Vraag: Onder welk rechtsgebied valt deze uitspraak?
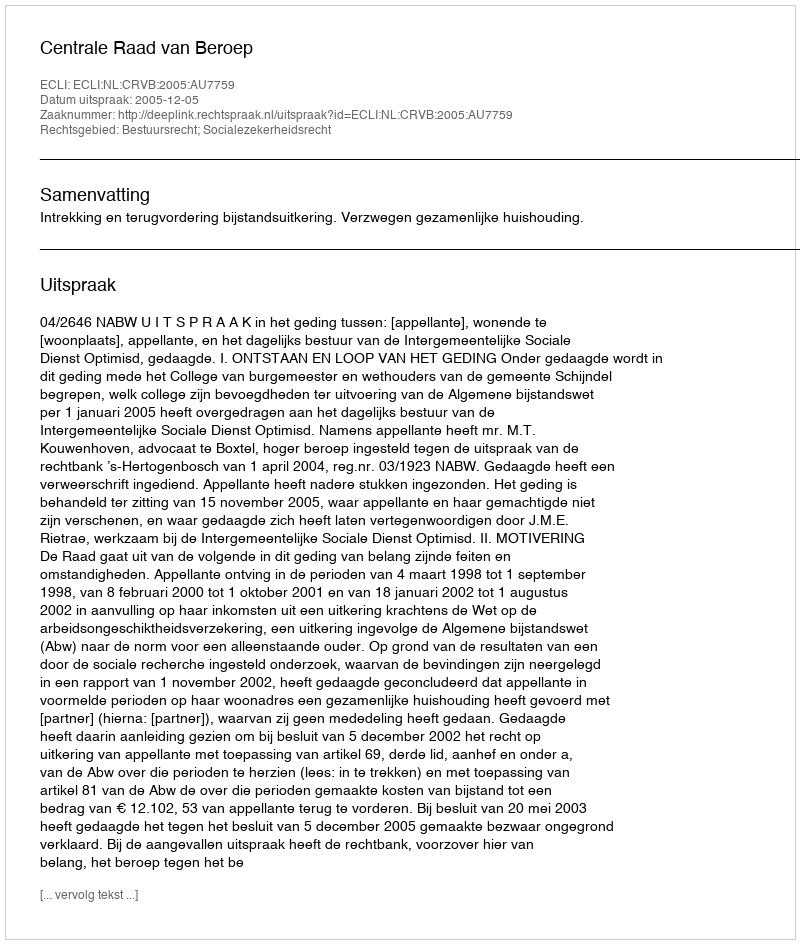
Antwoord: Bestuursrecht; Socialezekerheidsrecht